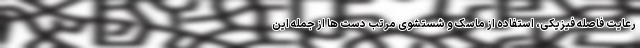
رعایت فاصله فیزیکی، استفاده از ماسک و شستشوی مرتب دست ها از جمله این